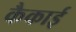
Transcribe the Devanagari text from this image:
कैकाई